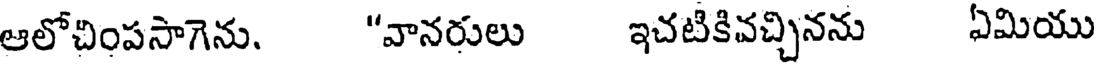
ఆలోచింపసాగెను. "వానరులు ఇచటికివచ్చినను ఏమియు